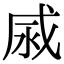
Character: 𢦹